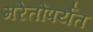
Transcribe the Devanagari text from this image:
मरेतोंपर्यंत